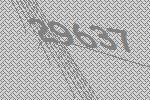
29637